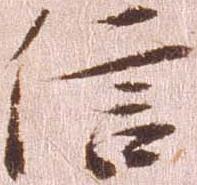
信